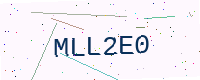
Text: MLL2E0